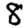
Digit: 8